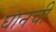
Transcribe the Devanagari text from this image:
घानची